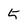
Character: 5